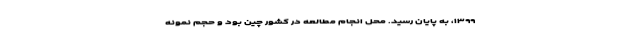
۱۳۹۹، به پایان رسید. محل انجام مطالعه در کشور چین بود و حجم نمونه